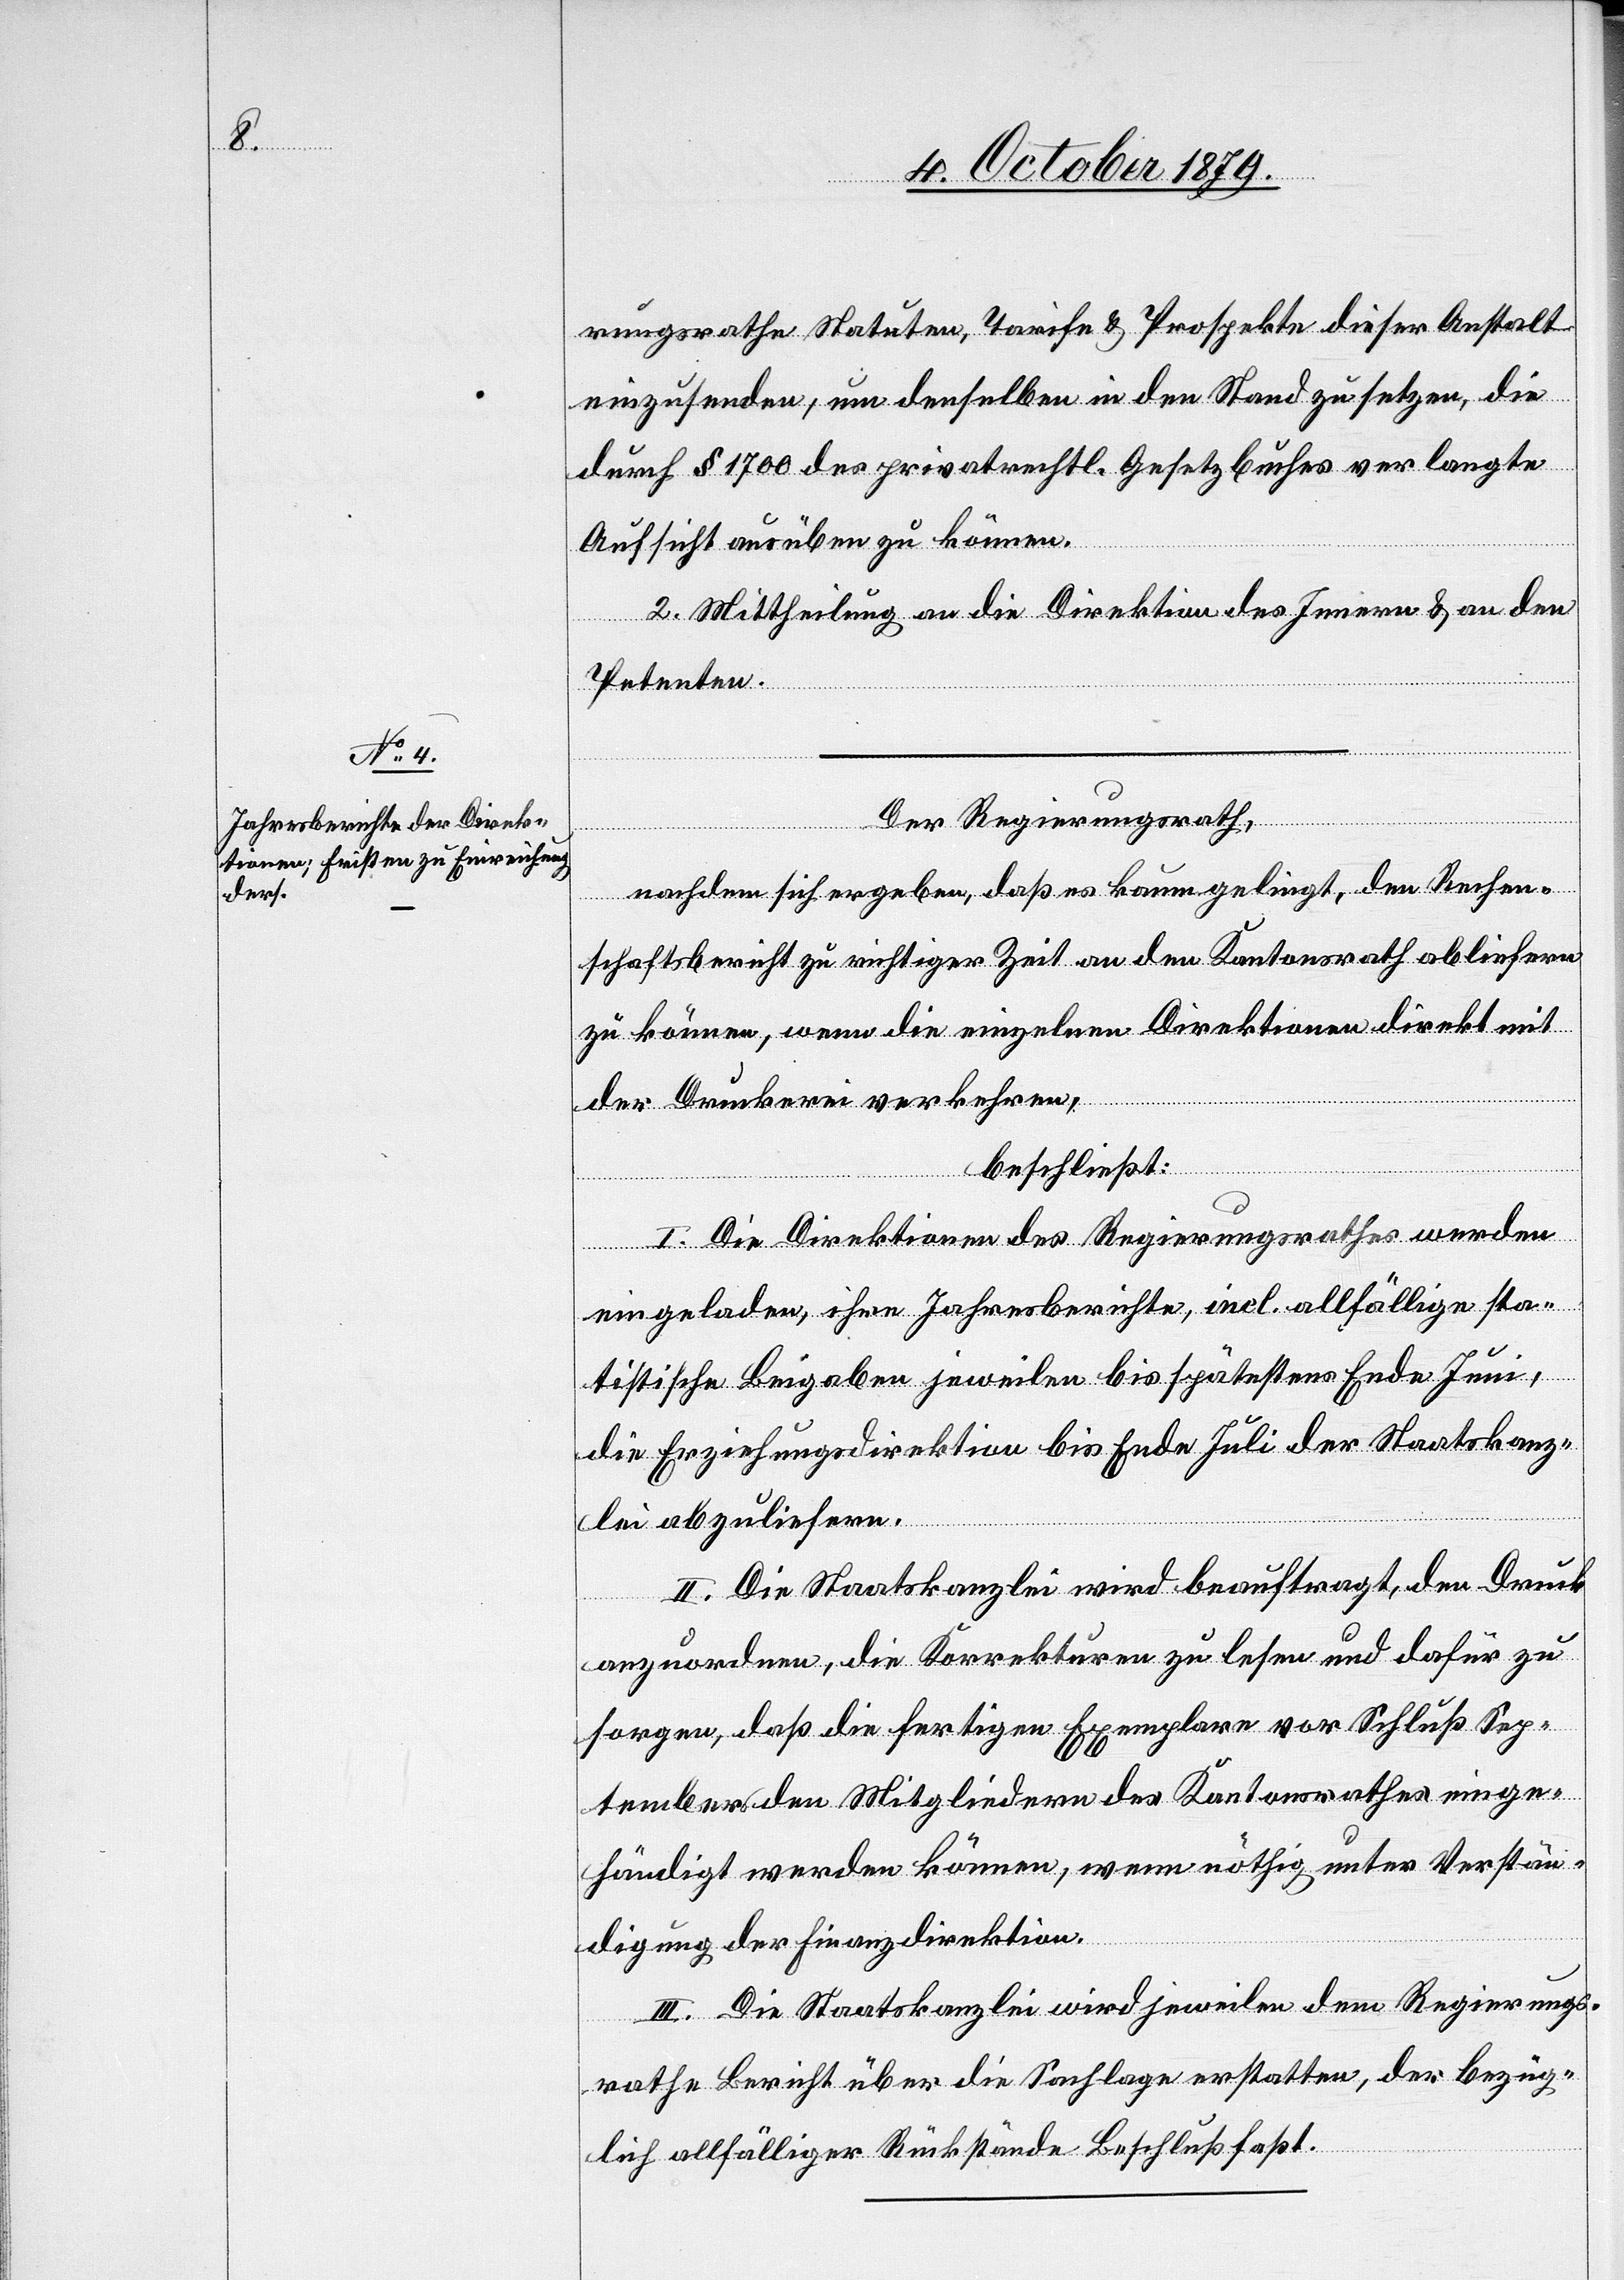
rungsrathe Statuten, Tarife & Prospekte dieser Anstalt
einzusenden, um denselben in den Stand zu setzen, die
durch § 1700 des privatrechtl. Gesetzbuches verlangte
Aufsicht ausüben zu können.
2. Mittheilung an die Direktion des Innern & an den
Petenten.
Der Regierungsrath,
nachdem sich ergeben, daß es kaum gelingt, den Rechen¬
schaftsbericht zu richtiger Zeit an den Kantonsrath abliefern
zu können, wenn die einzelnen Direktionen direkt mit
der Druckerei verkehren,
beschließt:
I. Die Direktionen des Regierungsrathes werden
eingeladen, ihre Jahresberichte, incl. allfällige sta¬
tistische Beigaben jeweilen bis spätestens Ende Juni,
die Erziehungsdirektion bis Ende Juli der Staatskanz¬
lei abzuliefern.
II. Die Staatskanzlei wird beauftragt, den Druck
anzuordnen, die Korrekturen zu lesen und dafür zu
sorgen, daß die fertigen Exemplare vor Schluß Sep¬
tember den Mitgliedern des Kantonsrathes einge¬
händigt werden können, wenn nöthig unter Verstän¬
digung der Finanzdirektion.
III. Die Staatskanzlei wird jeweilen dem Regierungs¬
rathe Bericht über die Sachlage erstatten, der bezüg¬
lich allfälliger Rückstände Beschluß faßt.